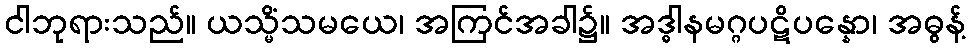
ငါဘုရားသည်။ ယသ္မိံသမယေ၊ အကြင်အခါ၌။ အဒ္ဓါနမဂ္ဂပဋိပန္နော၊ အဓွန့်